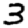
Digit: 3